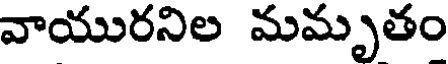
వాయురనిల మమృతం